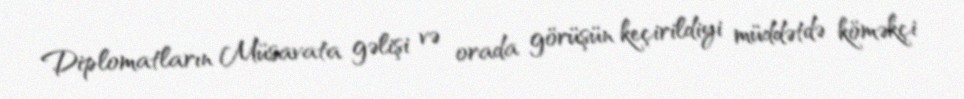
Diplomatların Müsavata gəlişi və orada görüşün keçirildiyi müddətdə köməkçi